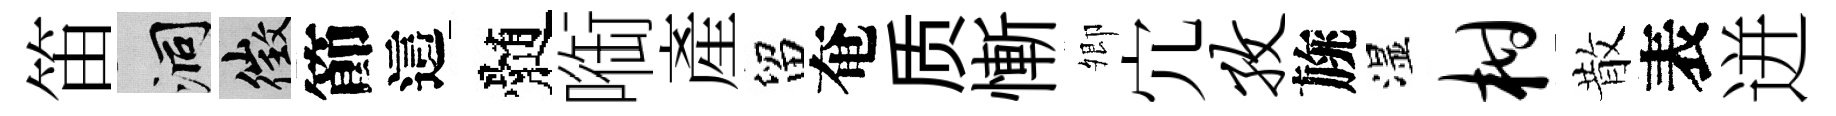
笛洞徵節這髄㗸產留奄质慚𡖖宂孜旐湿柑散表迸